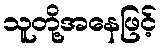
သူတို့အနေဖြင့်